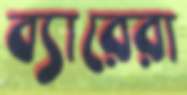
ব্যারেরা